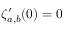
\zeta _ { a , b } ^ { \prime } ( 0 ) = 0